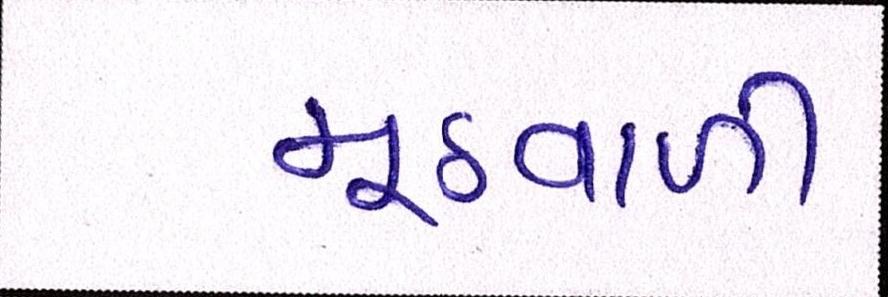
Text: મૂઠવાળી